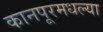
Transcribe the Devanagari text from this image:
कानपूरमधल्या